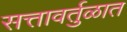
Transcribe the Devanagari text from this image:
सत्तावर्तुळात